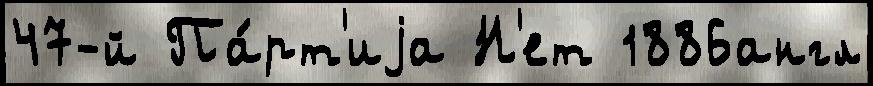
47-й Па́рт'иjа Н'ет 1886англ